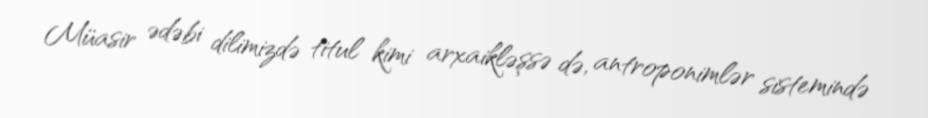
Müasir ədəbi dilimizdə titul kimi arxaikləşsə də, antroponimlər sistemində